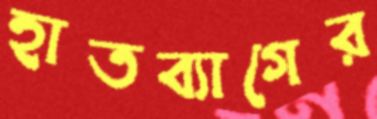
হাতব্যাগের